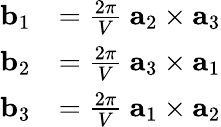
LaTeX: {\begin{array}{rl}{\mathbf{b}_{1}}&{={\frac{2\pi}{V}}\ \mathbf{a}_{2}\times\mathbf{a}_{3}}\\ {\mathbf{b}_{2}}&{={\frac{2\pi}{V}}\ \mathbf{a}_{3}\times\mathbf{a}_{1}}\\ {\mathbf{b}_{3}}&{={\frac{2\pi}{V}}\ \mathbf{a}_{1}\times\mathbf{a}_{2}}\end{array}}